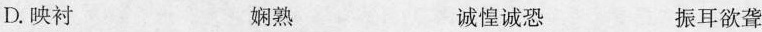
D.映衬 娴熟 诚惶诚恐 振耳欲聋